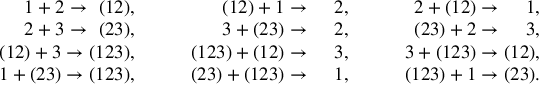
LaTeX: \begin{array} { r r r } { { 1 + 2 \rightarrow \, \, ( 1 2 ) , \qquad } } & { { ( 1 2 ) + 1 \rightarrow \quad \, 2 , \qquad } } & { { 2 + ( 1 2 ) \rightarrow \quad \, 1 , \qquad } } \\ { { 2 + 3 \rightarrow \, \, ( 2 3 ) , \qquad } } & { { 3 + ( 2 3 ) \rightarrow \quad \, 2 , \qquad } } & { { ( 2 3 ) + 2 \rightarrow \quad \, 3 , \qquad } } \\ { { ( 1 2 ) + 3 \rightarrow ( 1 2 3 ) , \qquad } } & { { ( 1 2 3 ) + ( 1 2 ) \rightarrow \quad \, 3 , \qquad } } & { { 3 + ( 1 2 3 ) \rightarrow ( 1 2 ) , \qquad } } \\ { { 1 + ( 2 3 ) \rightarrow ( 1 2 3 ) , \qquad } } & { { ( 2 3 ) + ( 1 2 3 ) \rightarrow \quad \, 1 , \qquad } } & { { ( 1 2 3 ) + 1 \rightarrow ( 2 3 ) . \qquad } } \end{array}